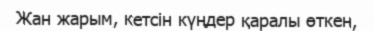
Жан жарым, кетсін күңдер қаралы өткен,